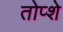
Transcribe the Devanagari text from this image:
तोप्शे